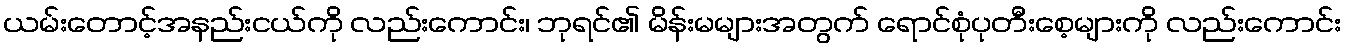
ယမ်းတောင့်အနည်းငယ်ကို လည်းကောင်း၊ ဘုရင်၏ မိန်းမများအတွက် ရောင်စုံပုတီးစေ့များကို လည်းကောင်း